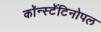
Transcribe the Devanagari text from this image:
कॉन्स्टॅंटिनोपल